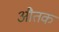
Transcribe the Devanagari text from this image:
औतक